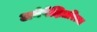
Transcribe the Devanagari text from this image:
अनेपेक्षितरित्या